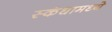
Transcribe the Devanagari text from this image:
स्कंधामध्ये